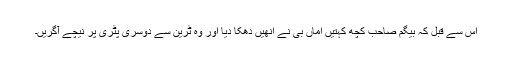
اس سے قبل کہ بیگم صاحب کچھ کہتیں اماں بی نے انھیں دھکا دیا اور وہ ٹرین سے دوسری پٹری پر نیچے آگریں۔